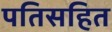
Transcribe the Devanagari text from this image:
पतिसहित